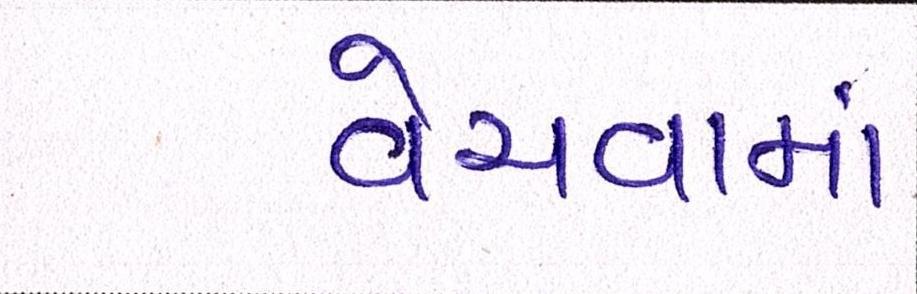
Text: વેચવામાં